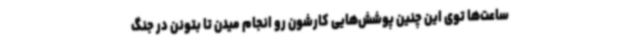
ساعت‌ها توی این چنین پوشش‌هایی کارشون رو انجام میدن تا بتونن در جنگ